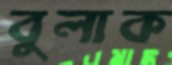
বুলাক